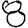
Digit: 8